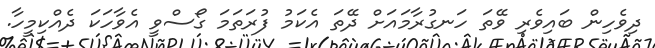
ދިވެހިން ބައިވެރި ވޭތަ ހަނގުރާމައަށް ދޭތަ އެކަމު ފުރަތަމަ ގޯސްވީ އެވާހަކަ ދެއްކިމީހާ.